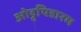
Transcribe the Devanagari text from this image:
ओट्ट्पिडारम